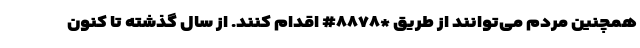
همچنین مردم می‌توانند از طریق *۸۸۷۸# اقدام کنند. از سال گذشته تا کنون